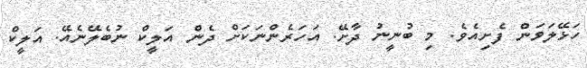
ހަޅޭލަވަން ފެށިއެވެ. މި ބުނީނު ދާށޭ. އަހަރެންނަކަށް ދެން އަލީކް ނުބެލޭނެއޭ. އަލީކް